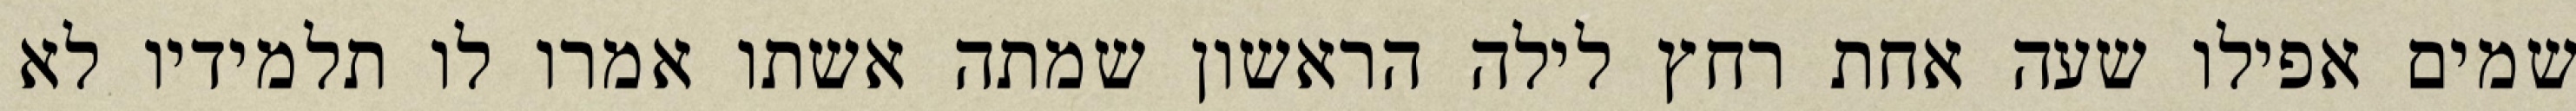
שמים אפילו שעה אחת רחץ לילה הראשון שמתה אשתו אמרו לו תלמידיו לא